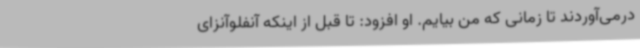
درمی‌آوردند تا زمانی که من بیایم. او افزود: تا قبل از اینکه آنفلوآنزای